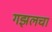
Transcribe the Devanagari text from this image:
गझलचा